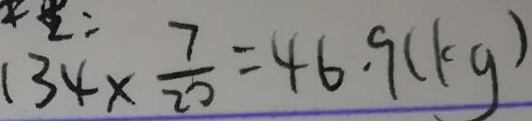
1 3 4 \times \frac { 7 } { 2 0 } = 4 6 . 9 ( k g )